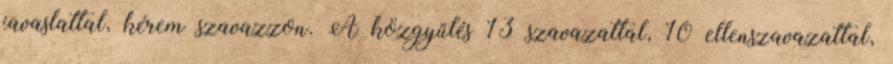
javaslattal, kérem szavazzon. A közgyűlés 13 szavazattal, 10 ellenszavazattal,